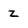
Character: z